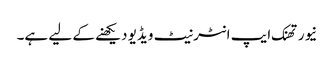
نیور تھنک ایپ انٹرنیٹ ویڈیو دیکھنے کے لیے ہے۔